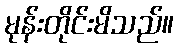
မုန်းတိုင်းမိသည်။